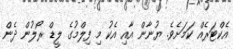
އެކްޓަރެއް ކަމަށެވެ. ޔުނާން އާއި އެކު މި ފިލްމުގެ ލީޑް ރޯލުން ދެން